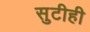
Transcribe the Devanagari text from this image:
सुटीही